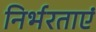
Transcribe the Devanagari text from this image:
निर्भरताएं